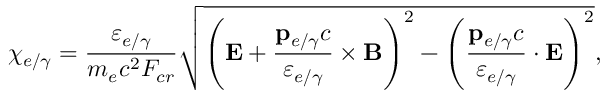
\chi _ { e / \gamma } = \frac { \varepsilon _ { e / \gamma } } { m _ { e } c ^ { 2 } F _ { c r } } \sqrt { \left( \mathbf { E } + \frac { \mathbf { p } _ { e / \gamma } c } { \varepsilon _ { e / \gamma } } \times \mathbf { B } \right) ^ { 2 } - \left( \frac { \mathbf { p } _ { e / \gamma } c } { \varepsilon _ { e / \gamma } } \cdot \mathbf { E } \right) ^ { 2 } } ,